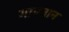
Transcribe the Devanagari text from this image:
गाएतान